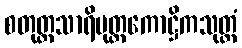
စတုတ္ထသာရိပုတ္တကောဋ္ဌိကသုတ္တံ